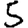
Digit: 5